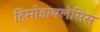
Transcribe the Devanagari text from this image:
हिमोडायलेसिस